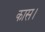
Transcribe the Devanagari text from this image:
कास।